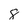
Character: 8